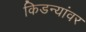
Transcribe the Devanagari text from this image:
किडन्यांवर